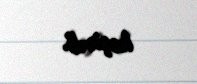
keçirdi.